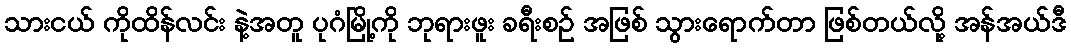
သားငယ် ကိုထိန်လင်း နဲ့အတူ ပုဂံမြို့ကို ဘုရားဖူး ခရီးစဉ် အဖြစ် သွားရောက်တာ ဖြစ်တယ်လို့ အန်အယ်ဒီ